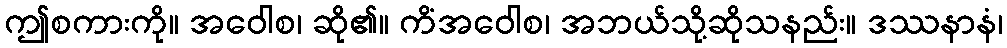
ဤစကားကို။ အဝေါစ၊ ဆို၏။ ကိံအဝေါစ၊ အဘယ်သို့ဆိုသနည်း။ ဒဿနာနံ၊